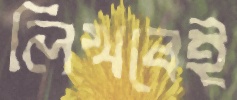
লিখবেই